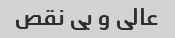
عالی و بی نقص